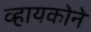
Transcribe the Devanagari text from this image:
व्हायकोने